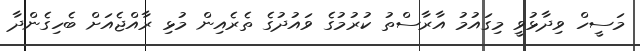
މަސީހް ވިދާޅުވީ މިގައުމު އާރާސްތު ކުރުމުގެ ވައުދުގެ ތެރެއިން މުޅި ރާއްޖެއަށް ބެހިގެންދާ